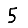
Digit: 5